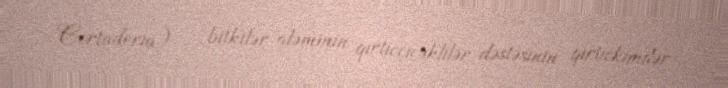
Cortaderia) — bitkilər aləminin qırtıcçiçəklilər dəstəsinin qırtıckimilər